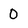
Character: 0